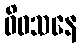
ဝိဝသနေ